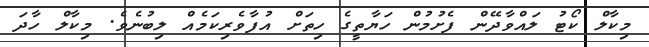
މިކާލް ކޯޓު ލައްވާދޭން ފެށުމުން ހަޔާތީގެ ހިތަށް އުފާވެރިކަމެއް ލިބުނެވެ. މިކާލް ހާދަ